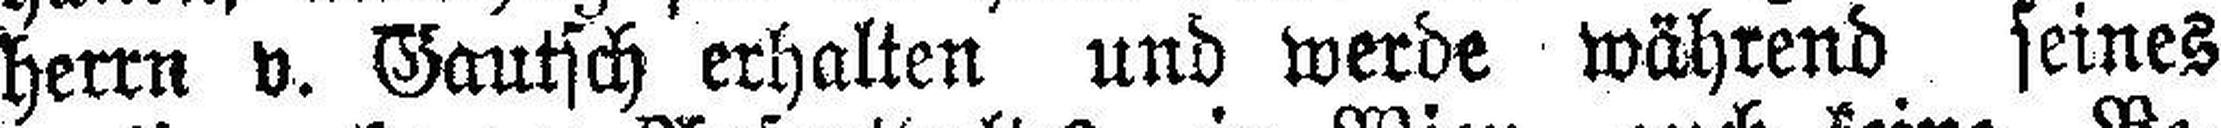
herrn v. Gautsch erhalten und werde während seines